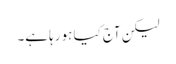
لیکن آج کیا ہو رہا ہے۔